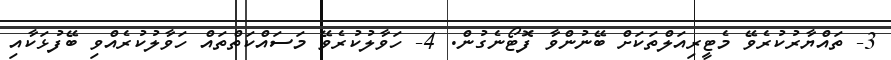
3- ތައްޔާރުކުރެވޭ މެޓީރިއަލްތަކަށް ބޭނުންވާ ފޮޓޯނެގުން. 4- ހަވާލުކުރެވޭ މަސައްކަތްތައް ހަވާލުކުރެއްވި ބޭފުޅަކާއި